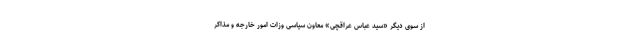
از سوی دیگر «سید عباس عراقچی» معاون سیاسی وزات امور خارجه و مذاکر